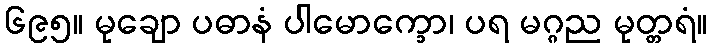
၆၉၅။ မုချော ပဓာနံ ပါမောက္ခော၊ ပရ မဂ္ဂည မုတ္တရံ။